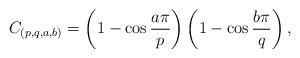
LaTeX: \begin{align*}C_{(p, q,a,b)}=\left(1-\cos\frac{a\pi }{p}\right)\left(1-\cos\frac{b\pi }{ q}\right),\end{align*}